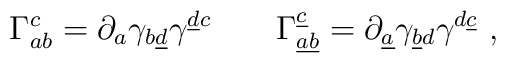
\Gamma^c_{ab}  = \partial_a \gamma_{b \underline d}\gamma^{\underline d c} \qquad\Gamma^{\underline c}_{\underline a \underline b}  = \partial_{\underline a}\gamma_{\underline b d}\gamma^{d \underline c} \ ,